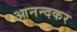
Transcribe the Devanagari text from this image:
आनन्दकर